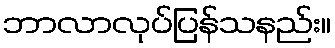
ဘာလာလုပ်ပြန်သနည်း။